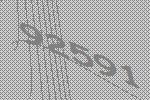
92591